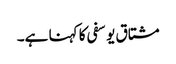
مشتاق یوسفی کا کہنا ہے۔